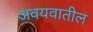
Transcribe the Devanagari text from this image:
अवयवातील